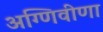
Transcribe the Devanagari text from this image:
अग्णिवीणा